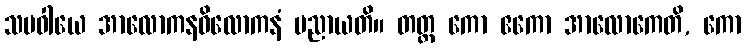
သမဝါယေ အာလောကနဝိလောကနံ ပညာယတိ။ တတ္ထ ကော ဧကော အာလောကေတိ, ကော